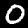
Digit: 0